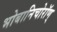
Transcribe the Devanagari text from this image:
भोबानिचोरॉण्